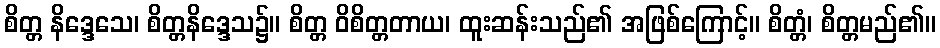
စိတ္တ နိဒ္ဒေသေ၊ စိတ္တနိဒ္ဒေသ၌။ စိတ္တ ဝိစိတ္တတာယ၊ ထူးဆန်းသည်၏ အဖြစ်ကြောင့်။ စိတ္တံ၊ စိတ္တမည်၏။